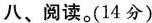
八、阅读。(14分)